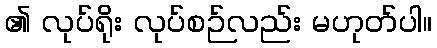
၏ လုပ်ရိုး လုပ်စဉ်လည်း မဟုတ်ပါ။